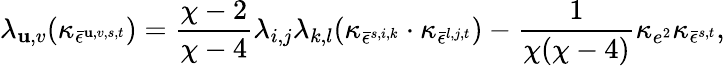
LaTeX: \lambda_{\mathbf{u},v}(\kappa_{\bar{{\epsilon}}^{\mathbf{u},v,s,t}})=\frac{{\chi-2}}{{\chi-4}}\lambda_{i,j}\lambda_{k,l}(\kappa_{\bar{{\epsilon}}^{s,i,k}}\cdot\kappa_{\bar{{\epsilon}}^{l,j,t}})-\frac{{1}}{{\chi(\chi-4)}}\kappa_{e^{2}}\kappa_{\bar{{\epsilon}}^{s,t}},